Civil Veterinary Department. Madras. Admin. report 1926-33 - 1926-1933
Year: 1926
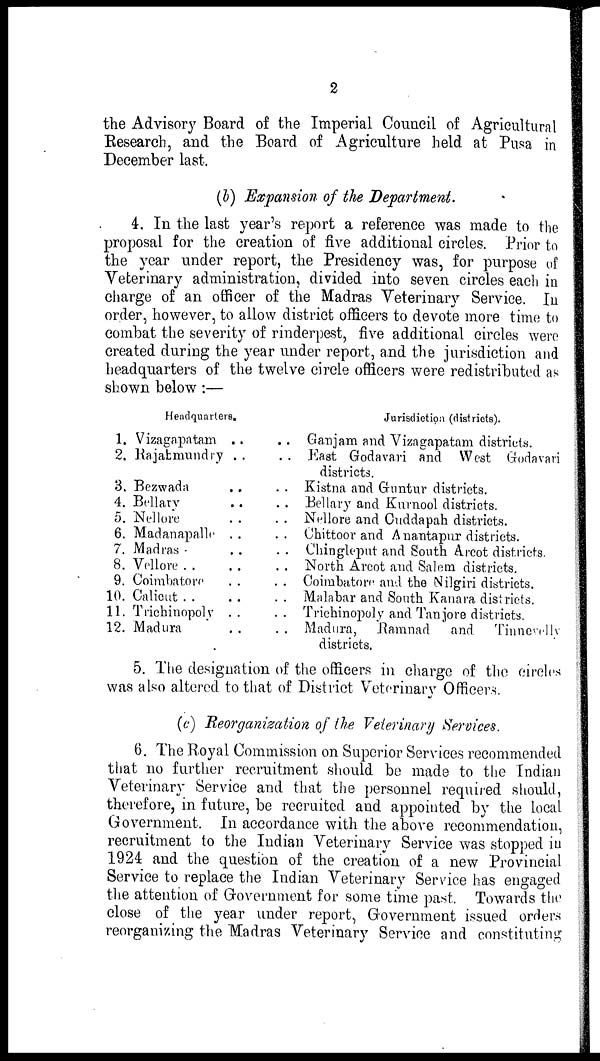
2
the Advisory Board of the Imperial Council of Agricultural
Research, and the Board of Agriculture held at Pusa in
December last.
(b) Expansion of the Department.
4. In the last year's report a reference was made to the
proposal for the creation of five additional circles. Prior to
the year under report, the Presidency was, for purpose of
Veterinary administration, divided into seven circles each in
charge of an officer of the Madras Veterinary Service. In
order, however, to allow district officers to devote more time to
combat the severity of rinderpest, five additional circles were
created during the year under report, and the jurisdiction and
headquarters of the twelve circle officers were redistributed as
shown below:—
1.
2.
3.
4.
5.
6.
7.
8.
9.
10.
11.
12.
Headquarters.
Vizagapatam ..
Rajabmundry ..
Bezwada ..
Bellary ..
Nellore ..
Madanapalle ..
Madras .. ..
Vellore .. ..
Coimbatore ..
Calicut .. ..
Trichinopoly ..
Madura ..
Jurisdiction (districts).
.. Ganjam and Vizagapatam districts.
.. East Godavari and West Godavari
districts.
.. Kistna and Guntur districts.
.. Bellary and Kurnool districts.
.. Nellore and Cuddapah districts.
.. Chittoor and Anantapur districts.
.. Chingleput and South Arcot districts.
.. North Arcot and Salem districts.
.. Coimbatore and the Nilgiri districts.
.. Malabar and South Kanara districts.
.. Trichinopoly and Tanjore districts.
.. Madura,
Ramnad
and
Tinnevelly
districts.
5. The designation of the officers in charge of the circles
was also altered to that of District Veterinary Officers.
(c) Reorganization of the Veterinary Services.
6. The Royal Commission on Superior Services recommended
that no further recruitment should be made to the Indian
Veterinary Service and that the personnel required should,
therefore, in future, be recruited and appointed by the local
Government. In accordance with the above recommendation,
recruitment to the Indian Veterinary Service was stopped in
1924 and the question of the creation of a new Provincial
Service to replace the Indian Veterinary Service has engaged
the attention of Government for some time past. Towards the
close of the year under report, Government issued orders
reorganizing the Madras Veterinary Service and constituting